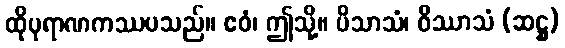
ထိုပုရာဏကဿပသည်။ ဧဝံ၊ ဤသို့။ ပိသာသံ၊ ဝိဿာသံ (ဆဋ္ဌ)